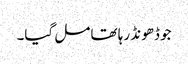
جو ڈھونڈ رہا تھا مل گیا۔